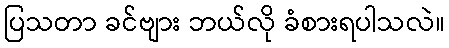
ပြသတာ ခင်ဗျား ဘယ်လို ခံစားရပါသလဲ။